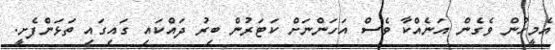
އެމީހުން ވެގެން އަނެއްކާ ވެސް އަހަންނަށް ކަޓަރުން ބިރު ދައްކައި ގައިގައި ތަޅަންފެށީ.